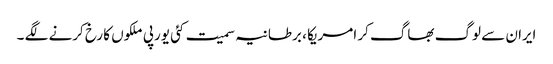
ایران سے لوگ بھاگ کر امریکا ، برطانیہ سمیت کئی یورپی ملکوں کا رخ کرنے لگے ۔